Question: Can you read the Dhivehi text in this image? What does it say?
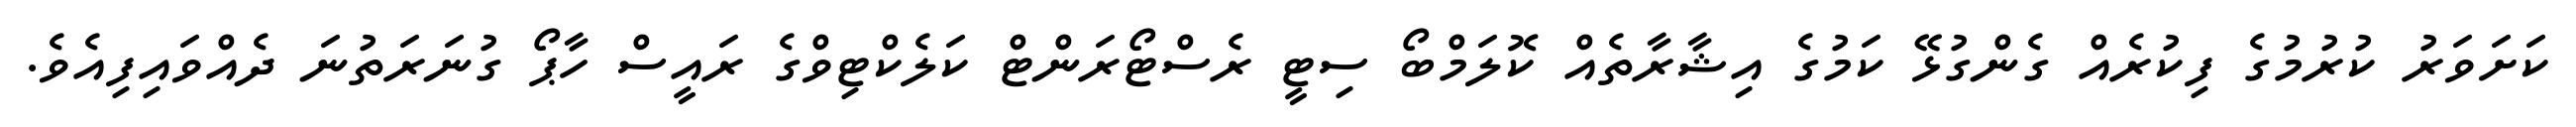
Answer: ކަށަވަރު ކުރުމުގެ ފިކުރެއް ގެންގުޅޭ ކަމުގެ އިޝާރާތެއް ކޮލަމްބޯ ސިޓީ ރެސްޓޯރަންޓް ކަލެކްޓިވްގެ ރައީސް ހާޕޯ ގުނަރަތުނަ ދެއްވައިފިއެވެ.